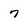
Character: 7